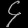
Digit: ၄